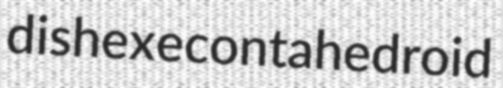
dishexecontahedroid